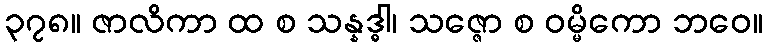
၃၇၈။ ဇာလိကာ ထ စ သန္နဒ္ဓါ၊ သဇ္ဇော စ ဝမ္မိကော ဘဝေ။